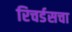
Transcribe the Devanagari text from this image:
रिचर्डसचा